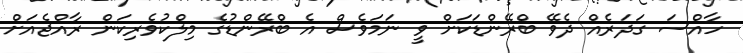
ހާއްސަ ގަދަރެއް ދެވޭ ބްރޭންޑަކަށް ވީ ނަމަވެސް އެ ބްރޭންޑުގެ މިލްކުވެރިކަން ރާއްޖެއަށް